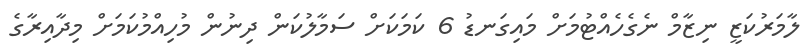
ލާމަރުކަޒީ ނިޒާމް ނެގެހެއްޓުމަށް މައިގަނޑު 6 ކަމަކަށް ސަމާލުކަން ދިނުން މުހިއްމުކަމަށް މިދާއިރާގެ